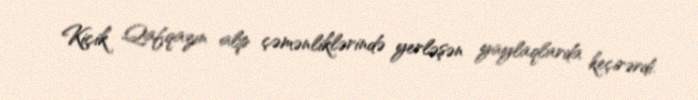
Kiçik Qafqazın alp çəmənliklərində yerləşən yaylaqlarda keçirərdi.